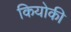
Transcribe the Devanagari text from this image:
कियोकी